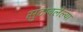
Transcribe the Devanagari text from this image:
सुटावलेल्या